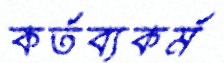
কর্তব্যকর্ম